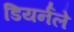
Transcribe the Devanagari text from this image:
डियर्नले